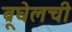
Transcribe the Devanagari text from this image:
ब्रूघेलची